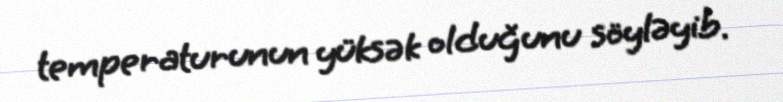
temperaturunun yüksək olduğunu söyləyib.